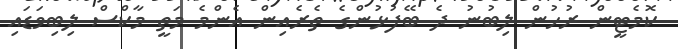
ކޮމެޓީން ރުހުން ލިބުނު ދެ ބޭފުޅުންގެ ތެރެއިން އެންމެ މަތީ މާކްސް ލިބިވަޑައި